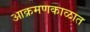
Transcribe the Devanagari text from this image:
आक्रमणकाळात